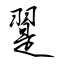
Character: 翨